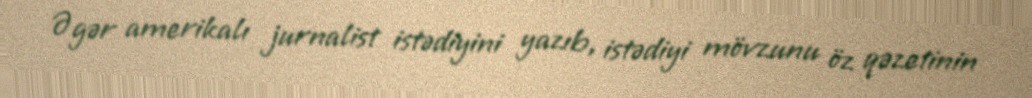
Əgər amerikalı jurnalist istədiyini yazıb, istədiyi mövzunu öz qəzetinin